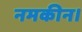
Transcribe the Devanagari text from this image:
नमकीन।